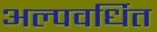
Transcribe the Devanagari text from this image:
अल्पवर्धित